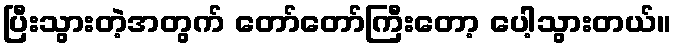
ပြီးသွားတဲ့အတွက် တော်တော်ကြီးတော့ ပေါ့သွားတယ်။